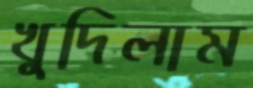
খুদিলাম